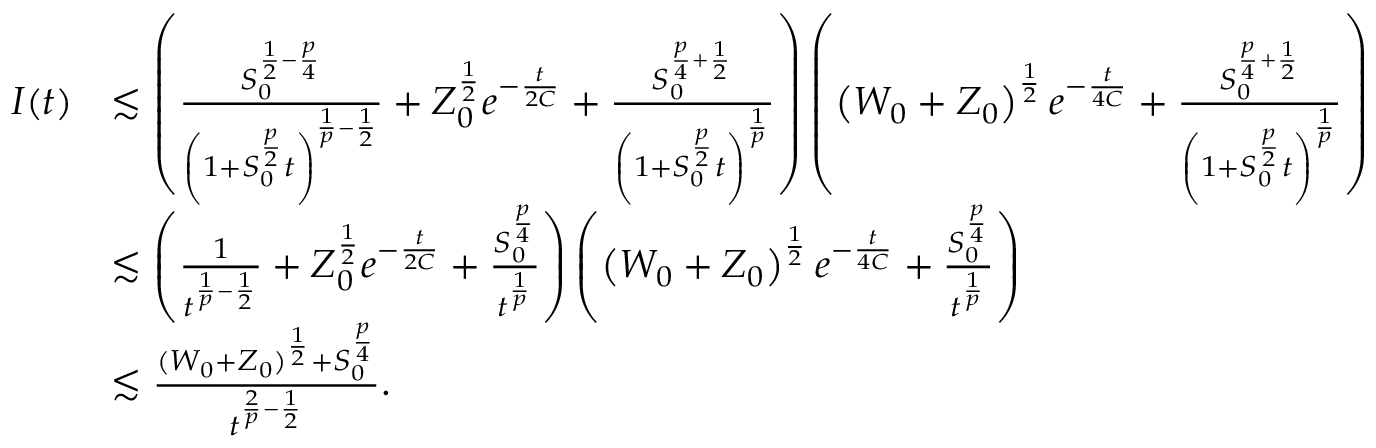
\begin{array} { r l } { I ( t ) } & { \lesssim \left( \frac { S _ { 0 } ^ { \frac { 1 } { 2 } - \frac { p } { 4 } } } { \left( 1 + S _ { 0 } ^ { \frac { p } { 2 } } t \right) ^ { \frac { 1 } { p } - \frac { 1 } { 2 } } } + Z _ { 0 } ^ { \frac { 1 } { 2 } } e ^ { - \frac { t } { 2 C } } + \frac { S _ { 0 } ^ { \frac { p } { 4 } + \frac { 1 } { 2 } } } { \left( 1 + S _ { 0 } ^ { \frac { p } { 2 } } t \right) ^ { \frac { 1 } { p } } } \right) \left( \left( W _ { 0 } + Z _ { 0 } \right) ^ { \frac { 1 } { 2 } } e ^ { - \frac { t } { 4 C } } + \frac { S _ { 0 } ^ { \frac { p } { 4 } + \frac { 1 } { 2 } } } { \left( 1 + S _ { 0 } ^ { \frac { p } { 2 } } t \right) ^ { \frac { 1 } { p } } } \right) } \\ & { \lesssim \left( \frac { 1 } { t ^ { \frac { 1 } { p } - \frac { 1 } { 2 } } } + Z _ { 0 } ^ { \frac { 1 } { 2 } } e ^ { - \frac { t } { 2 C } } + \frac { S _ { 0 } ^ { \frac { p } { 4 } } } { t ^ { \frac { 1 } { p } } } \right) \left( \left( W _ { 0 } + Z _ { 0 } \right) ^ { \frac { 1 } { 2 } } e ^ { - \frac { t } { 4 C } } + \frac { S _ { 0 } ^ { \frac { p } { 4 } } } { t ^ { \frac { 1 } { p } } } \right) } \\ & { \lesssim \frac { ( W _ { 0 } + Z _ { 0 } ) ^ { \frac { 1 } { 2 } } + S _ { 0 } ^ { \frac { p } { 4 } } } { t ^ { \frac { 2 } { p } - \frac { 1 } { 2 } } } . } \end{array}